Report of the Municipal Commissioner on the plague in Bombay for the year ending 31st May... - Volume 1
Disease focus: Plague
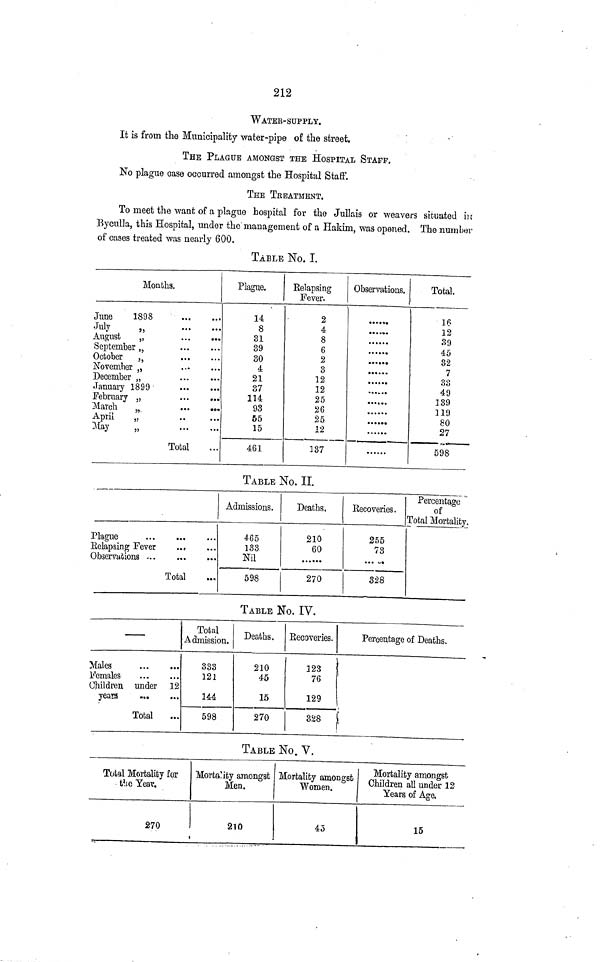
212
WATER-SUPPLY.
It is from the Municipality water-pipe of the street.
THE PLAGUE AMONGST THE HOSPITAL STAFF.
No plague case occurred amongst the Hospital Staff.
THE TREATMENT.
To meet the want of a plague hospital for the Jullais or weavers situated in
Byculla, this Hospital, under the management of a Hakim, was opened. The number
of cases treated was nearly 600.
TABLE NO. I.
Months.
June
1898
July
„
August
„
September „
October
„
November ,,
December „
January 1899
February „
March
April
May
„
Total
Plague.
14
8
31
39
30
4
21
37
114
93
55
15
461
Relapsing
Fever.
2
4
8
6
2
3
12
12
25
26
25
12
137
Observations.
......
......
Total.
16
12
39
45
32
7
30
49
139
119
80
27
598
TABLE NO. II
Plague
Relapsing Fever
Observations
Total
Admissions.
465
133
Nil
598
Deaths.
210
60
270
Recoveries.
255
73
328
Percentage
of
Total Mortality.
TABLE NO. IV.
Males
Vernales
Children under 12
years
Total
Total
Admission.
333
121
144
598
Deaths.
210
45
15
270
Recoveries.
123
76
129
328
Percentage of Deaths.
(
TABLE No. V.
Total Mortality for
the Year.
270
Mortality amongst
Men.
210
Mortality amongst
Women.
45
Mortality amongst
Children all under 12
Years of Age.
15